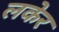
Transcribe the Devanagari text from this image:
लकेर